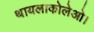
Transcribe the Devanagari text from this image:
थायलाकोलेओ।